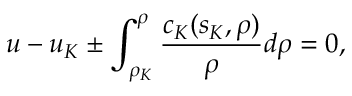
u - u _ { K } \pm \int _ { \rho _ { K } } ^ { \rho } \frac { c _ { K } ( s _ { K } , \rho ) } { \rho } d \rho = 0 ,